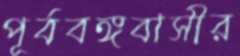
পূর্ববঙ্গবাসীর